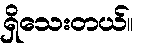
ရှိသေးတယ်။